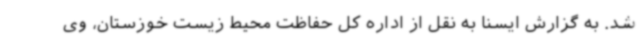
شد. به گزارش ایسنا به نقل از اداره کل حفاظت محیط زیست خوزستان، وی